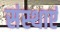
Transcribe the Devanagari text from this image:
संस्थाएं